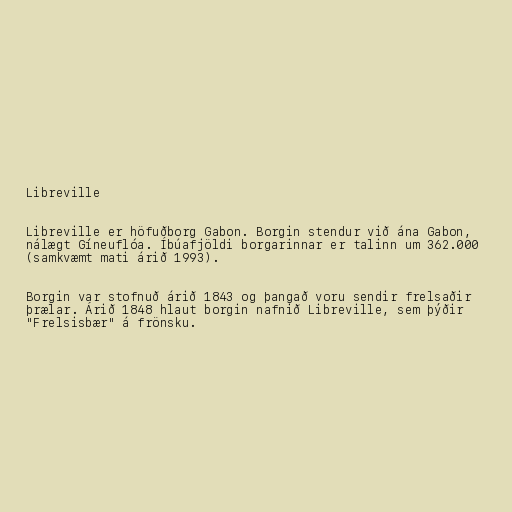
Libreville

Libreville er höfuðborg Gabon. Borgin stendur við ána Gabon,
nálægt Gíneuflóa. Íbúafjöldi borgarinnar er talinn um 362.000
(samkvæmt mati árið 1993).

Borgin var stofnuð árið 1843 og þangað voru sendir frelsaðir
þrælar. Árið 1848 hlaut borgin nafnið Libreville, sem þýðir
"Frelsisbær" á frönsku.